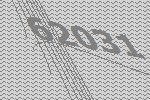
62031